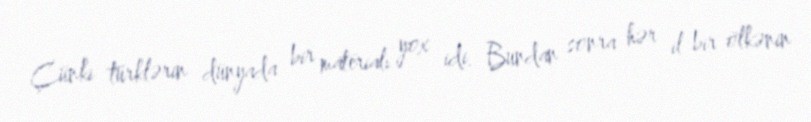
Çünki türklərin dünyada bir materialı yox idi. Bundan sonra hər il bir ölkənin